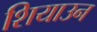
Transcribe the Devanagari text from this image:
शियाउन